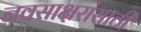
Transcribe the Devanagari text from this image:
नवसाक्षरांसाठी